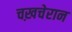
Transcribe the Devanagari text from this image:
चख़चेरान